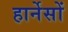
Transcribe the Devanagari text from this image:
हार्नेसों